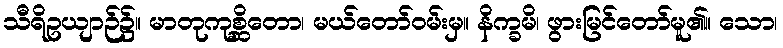
သီရိဥယျာဉ်၌။ မာတုကုစ္ဆိတော၊ မယ်တော်ဝမ်းမှ။ နိက္ခမိ၊ ဖွားမြင်တော်မူ၏။ သော၊